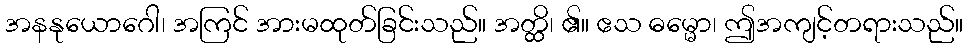
အနနုယောဂေါ၊ အကြင် အားမထုတ်ခြင်းသည်။ အတ္ထိ၊ ၏။ ဧသ ဓမ္မော၊ ဤအကျင့်တရားသည်။